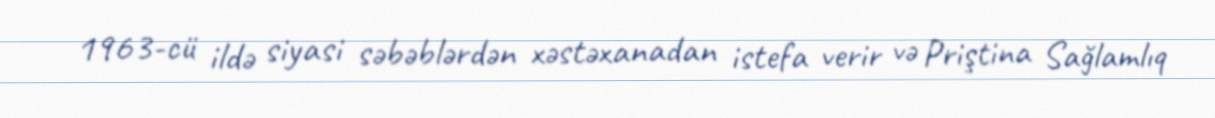
1963-cü ildə siyasi səbəblərdən xəstəxanadan istefa verir və Priştina Sağlamlıq